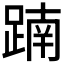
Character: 𨂾